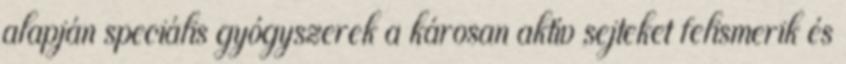
alapján speciális gyógyszerek a károsan aktív sejteket felismerik és